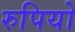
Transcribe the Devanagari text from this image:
रुपियो